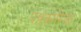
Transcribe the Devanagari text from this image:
पत्रकारिका